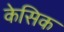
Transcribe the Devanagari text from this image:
केसिक